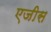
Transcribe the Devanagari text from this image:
एजीस